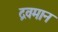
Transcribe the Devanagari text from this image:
द्रवमान